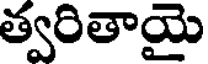
త్వరితాయై